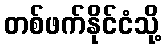
တစ်ဖက်နိုင်ငံသို့